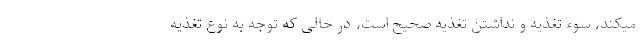
میکند، سوء تغذیه و نداشتن تغذیه صحیح است، در حالی که توجه به نوع تغذیه